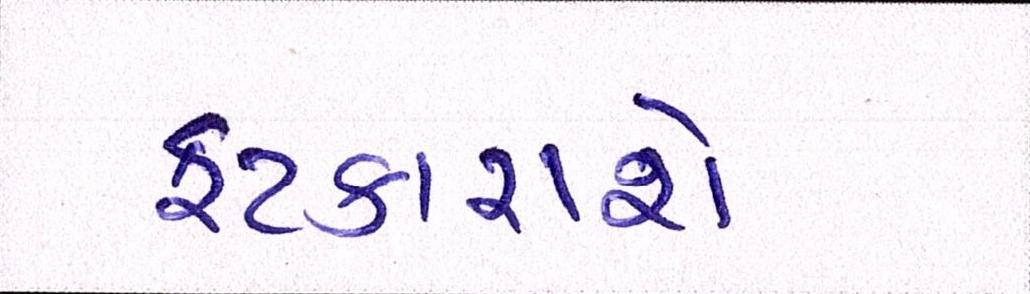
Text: ફટકારાશે